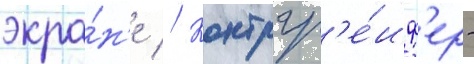
экра́н'е // Контргр'е́иф'ер -